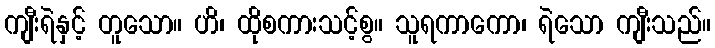
ကျီးရဲနှင့် တူသော။ ဟိ၊ ထိုစကားသင့်စွ။ သူရကာကော၊ ရဲသော ကျီးသည်။